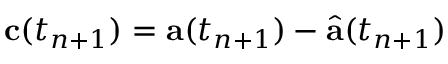
\mathbf { c } ( t _ { n + 1 } ) = \mathbf { a } ( t _ { n + 1 } ) - \widehat { \mathbf { a } } ( t _ { n + 1 } )